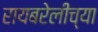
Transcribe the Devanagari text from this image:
रायबरेलीच्या